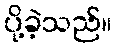
ပို့ခဲ့သည်။